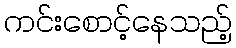
ကင်းစောင့်နေသည့်